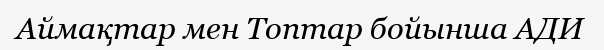
Аймақтар мен Топтар бойынша АДИ